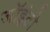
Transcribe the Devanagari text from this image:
जॉइंटो